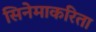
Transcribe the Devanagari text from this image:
सिनेमाकरिता